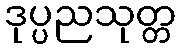
ဒုပ္ပညသုတ္တ